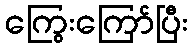
ကြွေးကြော်ပြီး